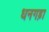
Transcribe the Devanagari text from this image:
धनगड़ा